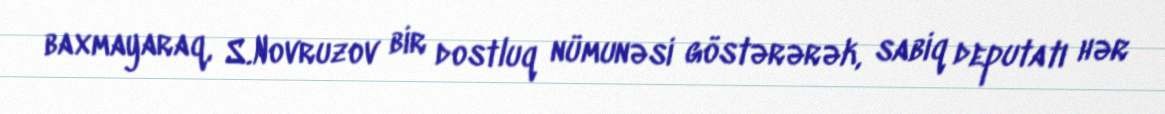
baxmayaraq, S.Novruzov bir dostluq nümunəsi göstərərək, sabiq deputatı hər